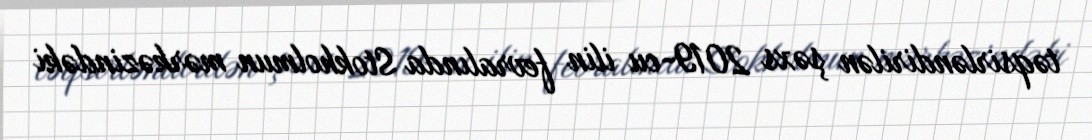
təqsirləndirilən şəxs 2019-cu ilin fevralında Stokholmun mərkəzindəki